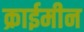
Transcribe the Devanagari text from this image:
क्राईमीन